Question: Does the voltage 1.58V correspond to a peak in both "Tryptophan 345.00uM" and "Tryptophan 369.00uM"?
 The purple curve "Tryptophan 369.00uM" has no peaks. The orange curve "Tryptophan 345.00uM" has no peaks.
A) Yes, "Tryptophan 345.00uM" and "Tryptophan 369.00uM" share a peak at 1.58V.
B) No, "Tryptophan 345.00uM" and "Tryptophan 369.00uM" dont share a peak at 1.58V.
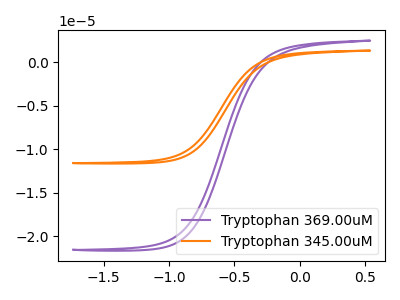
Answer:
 <answer>B) No, "Tryptophan 345.00uM" and "Tryptophan 369.00uM" dont share a peak at 1.58V.</answer>
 <eval>B</eval>